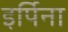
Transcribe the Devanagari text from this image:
इर्पिना